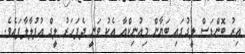
އިރު ބޮންޑަސް ލީގުގައި ބަޔާން މިއުނިކްއާ އެކު ވަނީ ދެފަހަރު ލީގް އުފުލާލާފައެވެ.